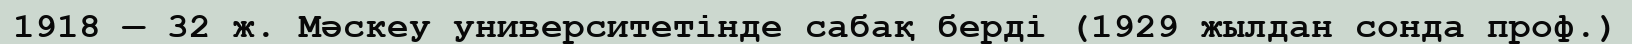
1918 — 32 ж. Мәскеу университетінде сабақ берді (1929 жылдан сонда проф.)